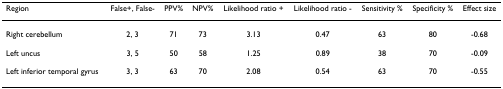
| Region | False+, False- | PPV% | NPV% | Likelihood ratio + | Likelihood ratio - | Sensitivity % | Specificity % | Effect size |
 | --- | --- | --- | --- | --- | --- | --- | --- | --- |
 | Right cerebellum | 2, 3 | 71 | 73 | 3.13 | 0.47 | 63 | 80 | -0.68 |
 | Left uncus | 3, 5 | 50 | 58 | 1.25 | 0.89 | 38 | 70 | -0.09 |
 | Left inferior temporal gyrus | 3, 3 | 63 | 70 | 2.08 | 0.54 | 63 | 70 | -0.55 |